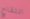
اللقاح